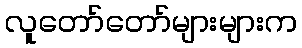
လူတော်တော်များများက